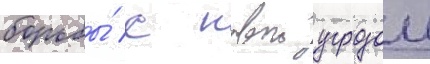
борьбы́ с новои угрозои